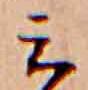
ミ